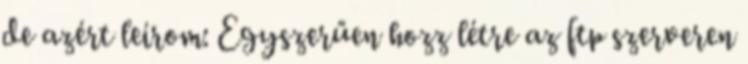
de azért leírom: Egyszerűen hozz létre az ftp szerveren